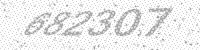
Solution: 682307